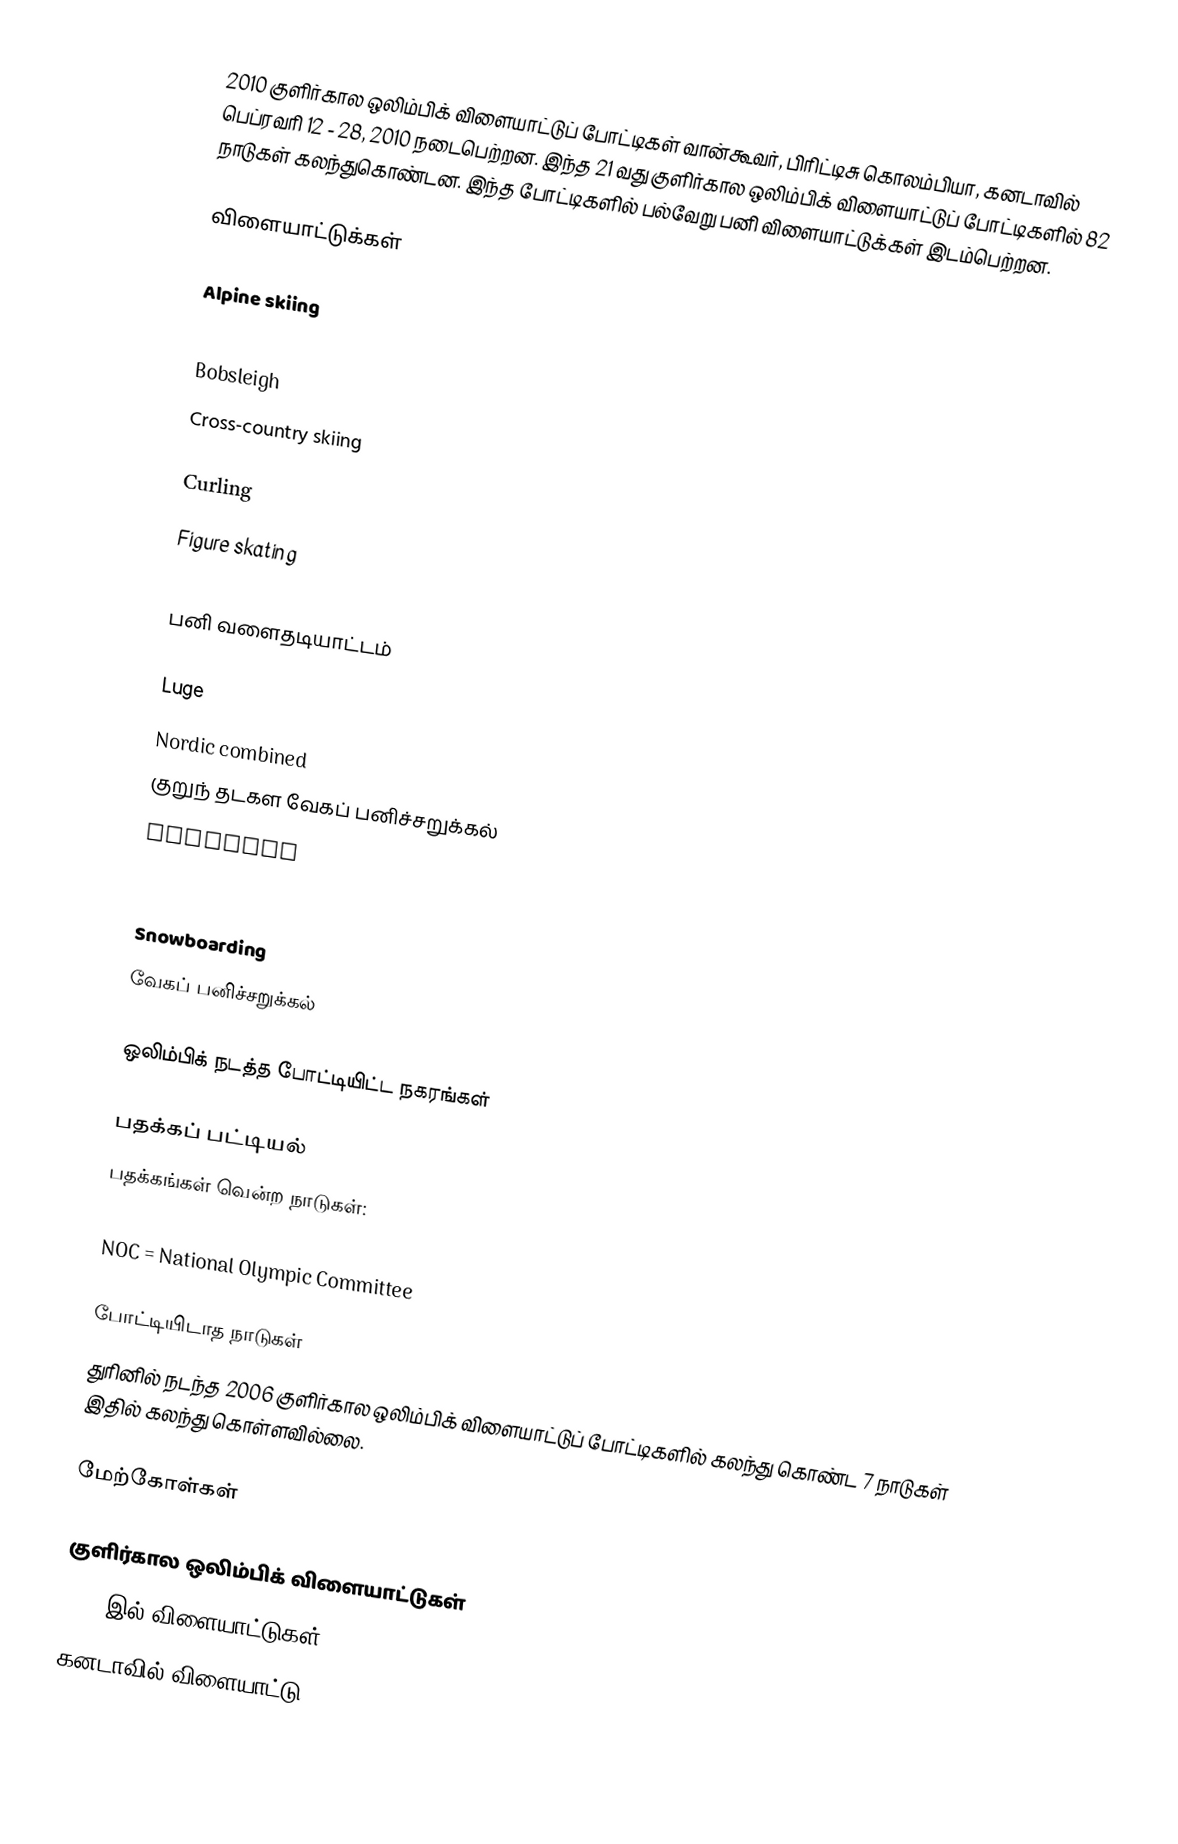
2010 குளிர்கால ஒலிம்பிக் விளையாட்டுப் போட்டிகள் வான்கூவர், பிரிட்டிசு கொலம்பியா, கனடாவில் பெப்ரவரி 12 - 28, 2010 நடைபெற்றன. இந்த 21 வது குளிர்கால ஒலிம்பிக் விளையாட்டுப் போட்டிகளில் 82 நாடுகள் கலந்துகொண்டன. இந்த போட்டிகளில் பல்வேறு பனி விளையாட்டுக்கள் இடம்பெற்றன.

விளையாட்டுக்கள்

  Alpine skiing
  Biathlon
  Bobsleigh
  Cross-country skiing

  Curling
  Figure skating
  Freestyle skiing
  பனி வளைதடியாட்டம்

  Luge
  Nordic combined
  குறுந் தடகள வேகப் பனிச்சறுக்கல்
  Skeleton

  Ski jumping
  Snowboarding
  வேகப் பனிச்சறுக்கல்

ஒலிம்பிக் நடத்த போட்டியிட்ட நகரங்கள்

பதக்கப் பட்டியல்
பதக்கங்கள் வென்ற நாடுகள்:

NOC = National Olympic Committee

போட்டியிடாத நாடுகள்
துரினில் நடந்த 2006 குளிர்கால ஒலிம்பிக் விளையாட்டுப் போட்டிகளில் கலந்து கொண்ட 7 நாடுகள் இதில் கலந்து கொள்ளவில்லை.

மேற்கோள்கள்

குளிர்கால ஒலிம்பிக் விளையாட்டுகள்
2010 இல் விளையாட்டுகள்
கனடாவில் விளையாட்டு